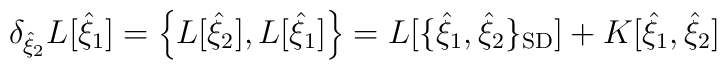
\delta_{{\hat\xi}_2}L[{\hat\xi}_1] =\left\{ L[{\hat\xi}_2], L[{\hat\xi}_1] \right\}= L[\{ {\hat\xi}_1, {\hat\xi}_2 \}_{\hbox{\scriptsize SD}}] +K[{\hat\xi}_1,{\hat\xi}_2]